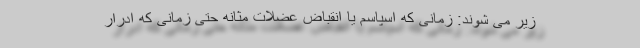
زیر می شوند: زمانی که اسپاسم یا انقباض عضلات مثانه حتی زمانی که ادرار